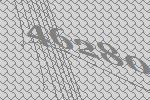
46280